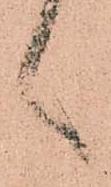
言